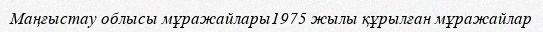
Маңғыстау облысы мұражайлары1975 жылы құрылған мұражайлар